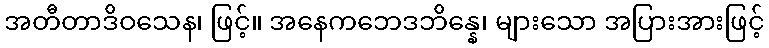
အတီတာဒိဝသေန၊ ဖြင့်။ အနေကဘေဒဘိန္နေ၊ များသော အပြားအားဖြင့်